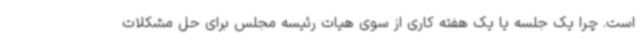
است. چرا یک جلسه یا یک هفته کاری از سوی هیات رئیسه مجلس برای حل مشکلات